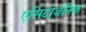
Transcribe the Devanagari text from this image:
एसिटोजेनिक